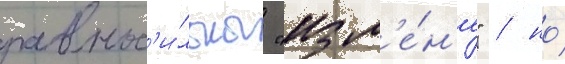
равнос'и́льны "изм'е́н'е" / но́